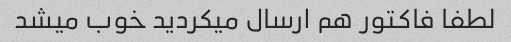
لطفا فاکتور هم ارسال میکردید خوب میشد